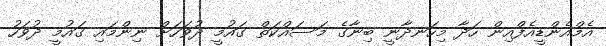
އެމްއެންޑީއެފްއިން ހަދާ މިހަނދާނީ ބިނާގެ މަސައްކަތް ގައުމީ ދުވަހަށް ނިންމައި ގައުމީ ދުވަހު